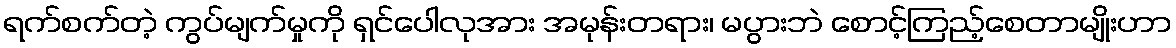
ရက်စက်တဲ့ ကွပ်မျက်မှုကို ရှင်ပေါလုအား အမုန်းတရား၊ မပွားဘဲ စောင့်ကြည့်စေတာမျိုးဟာ